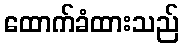
ထောက်ခံထားသည်